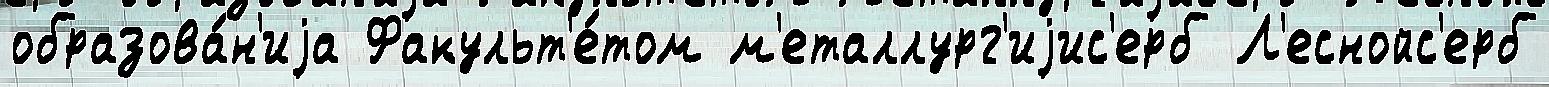
образова́н'иjа Факульт'е́том м'еталлург'иjис'ерб Л'еснойс'ерб